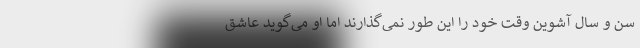
سن و سال آشوین وقت‌ خود را این طور نمی‌گذارند اما او می‌گوید عاشق